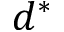
d ^ { * }